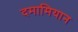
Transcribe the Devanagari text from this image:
दमामियान